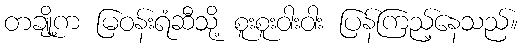
တချို့က မြဝန်းရံဆီသို့ စူးစူးဝါးဝါး ပြန်ကြည့်နေသည်။